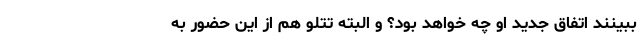
ببینند اتفاق جدید او چه خواهد بود؟ و البته تتلو هم از این حضور به